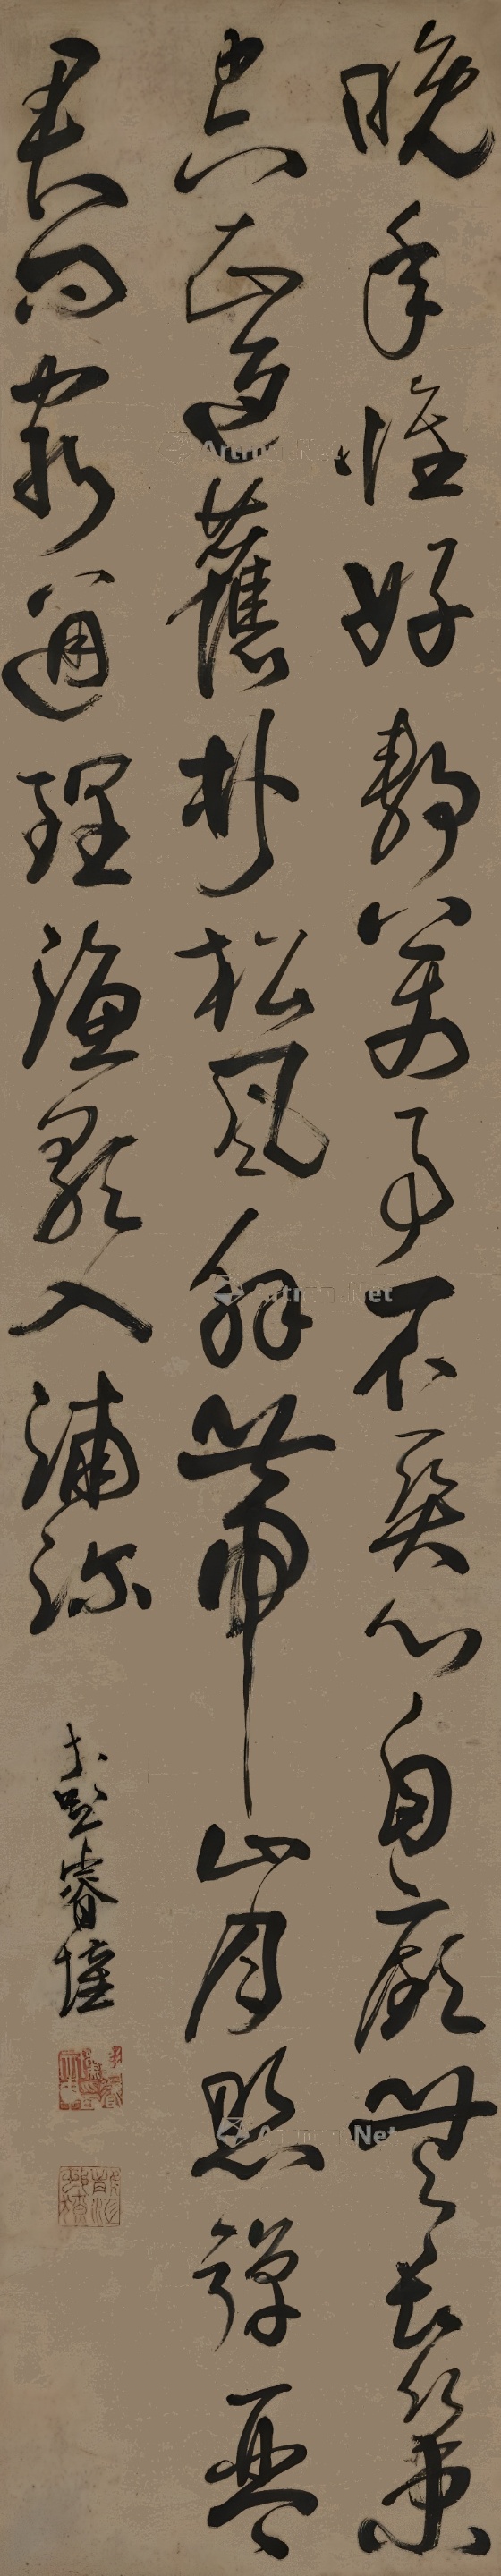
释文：晚年惟好静，万事不关心。自顾无长策，空知返旧林。松风吹解带，山月照弹琴。君问穷通理，渔歌入浦深。彭睿壦。